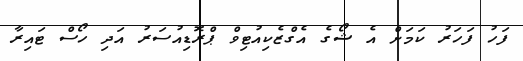
ފަހު ފަހަރު ކަމަށް އެ ޝޯގެ އެގްޒެކިއުޓިވް ޕްރޮޑިއުސަރު އަދި ހޯސް ޓައިރާ